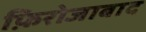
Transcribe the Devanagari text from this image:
फ़िरोजाबाद